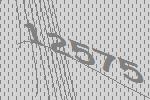
12575